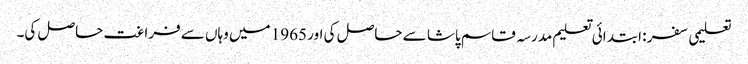
تعلیمی سفر : ابتدائی تعلیم مدرسہ قاسم پاشا سے حاصل کی اور 1965 میں وہاں سے فراغت حاصل کی۔